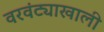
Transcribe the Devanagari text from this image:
वरवंट्याखाली